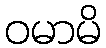
ဝမာမိ